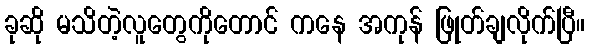
ခုဆို မသိတဲ့လူတွေကိုတောင် ကနေ အကုန် ဖြုတ်ချလိုက်ပြီ။